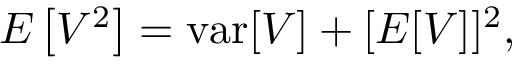
E \left[ V ^ { 2 } \right] = \operatorname { v a r } [ V ] + [ E [ V ] ] ^ { 2 } ,